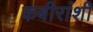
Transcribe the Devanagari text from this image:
कबीरांशी